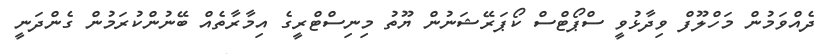
ދެއްވަމުން މަހްލޫފް ވިދާޅުވީ ސްޕޯޓްސް ކޯޕަރޭޝަނުން ޔޫތު މިނިސްޓްރީގެ އިމާރާތެއް ބޭނުންކުރަމުން ގެންދަނީ